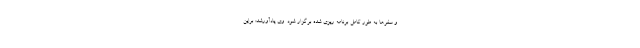
و سفرها به طور کامل برنامه ریزی شده برگزار شود. وی یادآورشد: براین